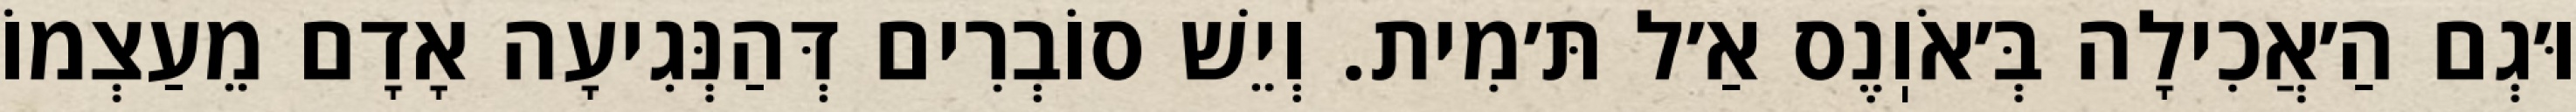
וּ׳גְם הַ׳אֲכִילָה בְּ׳אֹוֽנֶס אַ׳ל תּ׳מִית. וְיֵשׁ סוֹבְרִים דְּהַנְּגִיעָה אָדָם מֵעַצְמוֹ